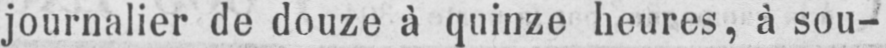
journalier de douze à quinze heures, à sou-